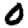
Digit: 0